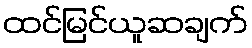
ထင်မြင်ယူဆချက်